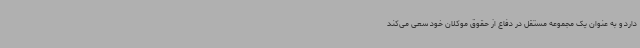
دارد و به عنوان یک مجموعه مستقل در دفاع از حقوق موکلان خود سعی می‌کند